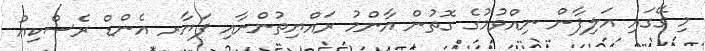
މި ގޭގައި އަލިފާން ނިއްވުމުގެ ގޮތުން އާންމު ރައްޔިތުންނާއި ފަޔާރ އެންޑް ރެސްކިއު